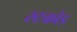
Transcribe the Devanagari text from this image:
स्टकोड